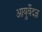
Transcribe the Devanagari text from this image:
आयुर्वेदज्ञ